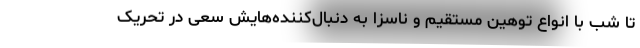
تا شب با انواع توهین مستقیم و ناسزا به دنبال‌کننده‌هایش سعی در تحریک